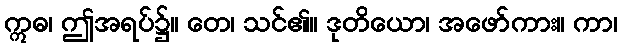
ဣဓ၊ ဤအရပ်၌။ တေ၊ သင်၏။ ဒုတိယော၊ အဖော်ကား။ ကာ၊